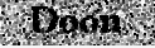
Doon